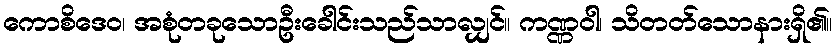
ကောစိဒေဝ၊ အစုံတခုသောဦးခေါင်းသည်သာလျှင်။ ကဏ္ဏဝါ၊ သိတတ်သောနားရှိ၏။